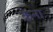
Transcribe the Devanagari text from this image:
क्रेना